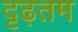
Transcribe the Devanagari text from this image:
दृढ़तम